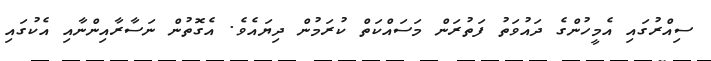
ސިއްރުގައި އެމީހުންގެ ދައުވަތު ފަތުރަން މަސައްކަތް ކުރަމުން ދިޔައެވެ. އެގޮތުން ނަސާރާއިންނާއި އެކުގައި